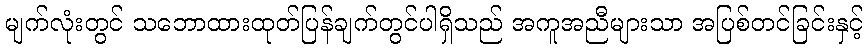
မျက်လုံးတွင် သဘောထားထုတ်ပြန်ချက်တွင်ပါရှိသည် အကူအညီများသာ အပြစ်တင်ခြင်းနှင့်